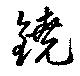
鐃